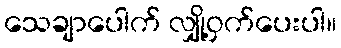
သေချာပေါက် လျှို့ဝှက်ပေးပါ။